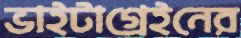
ভাইটাগ্রেইনের